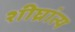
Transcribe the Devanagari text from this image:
शीघ्रांत्य